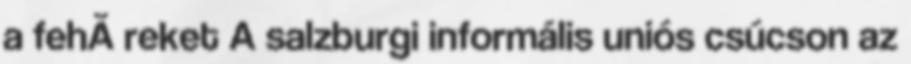
a fehÃ reket A salzburgi informális uniós csúcson az